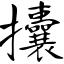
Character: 攮